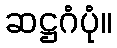
ဆဋ္ဌဂံပုံ။